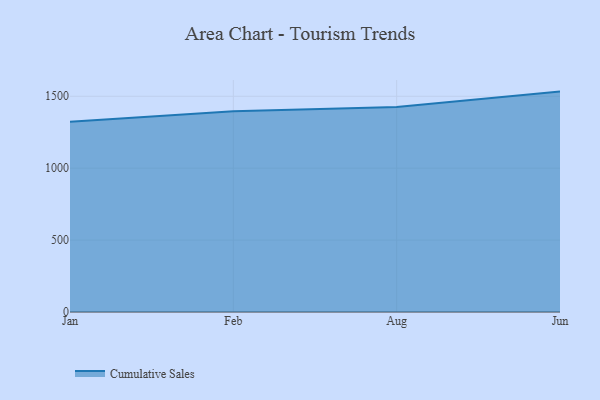
{"axis": {"x": "Month", "y": "Churn Rate (%)"}, "legend": ["Cumulative Sales"], "data": [{"x": "Jan", "y": 1323.4, "type": "Cumulative Sales"}, {"x": "Feb", "y": 1395.7, "type": "Cumulative Sales"}, {"x": "Aug", "y": 1425.8, "type": "Cumulative Sales"}, {"x": "Jun", "y": 1532.6, "type": "Cumulative Sales"}]}